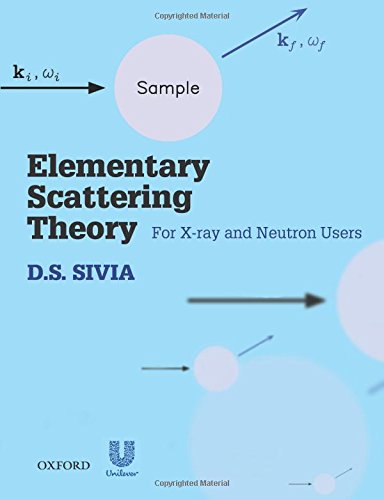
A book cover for Elementary Scattering Theory: For X-ray and Neutron Users; D.S. Sivia; Science & Math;